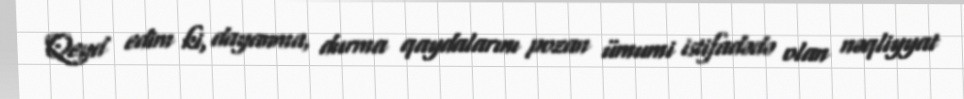
Qeyd edim ki, dayanma, durma qaydalarını pozan ümumi istifadədə olan nəqliyyat